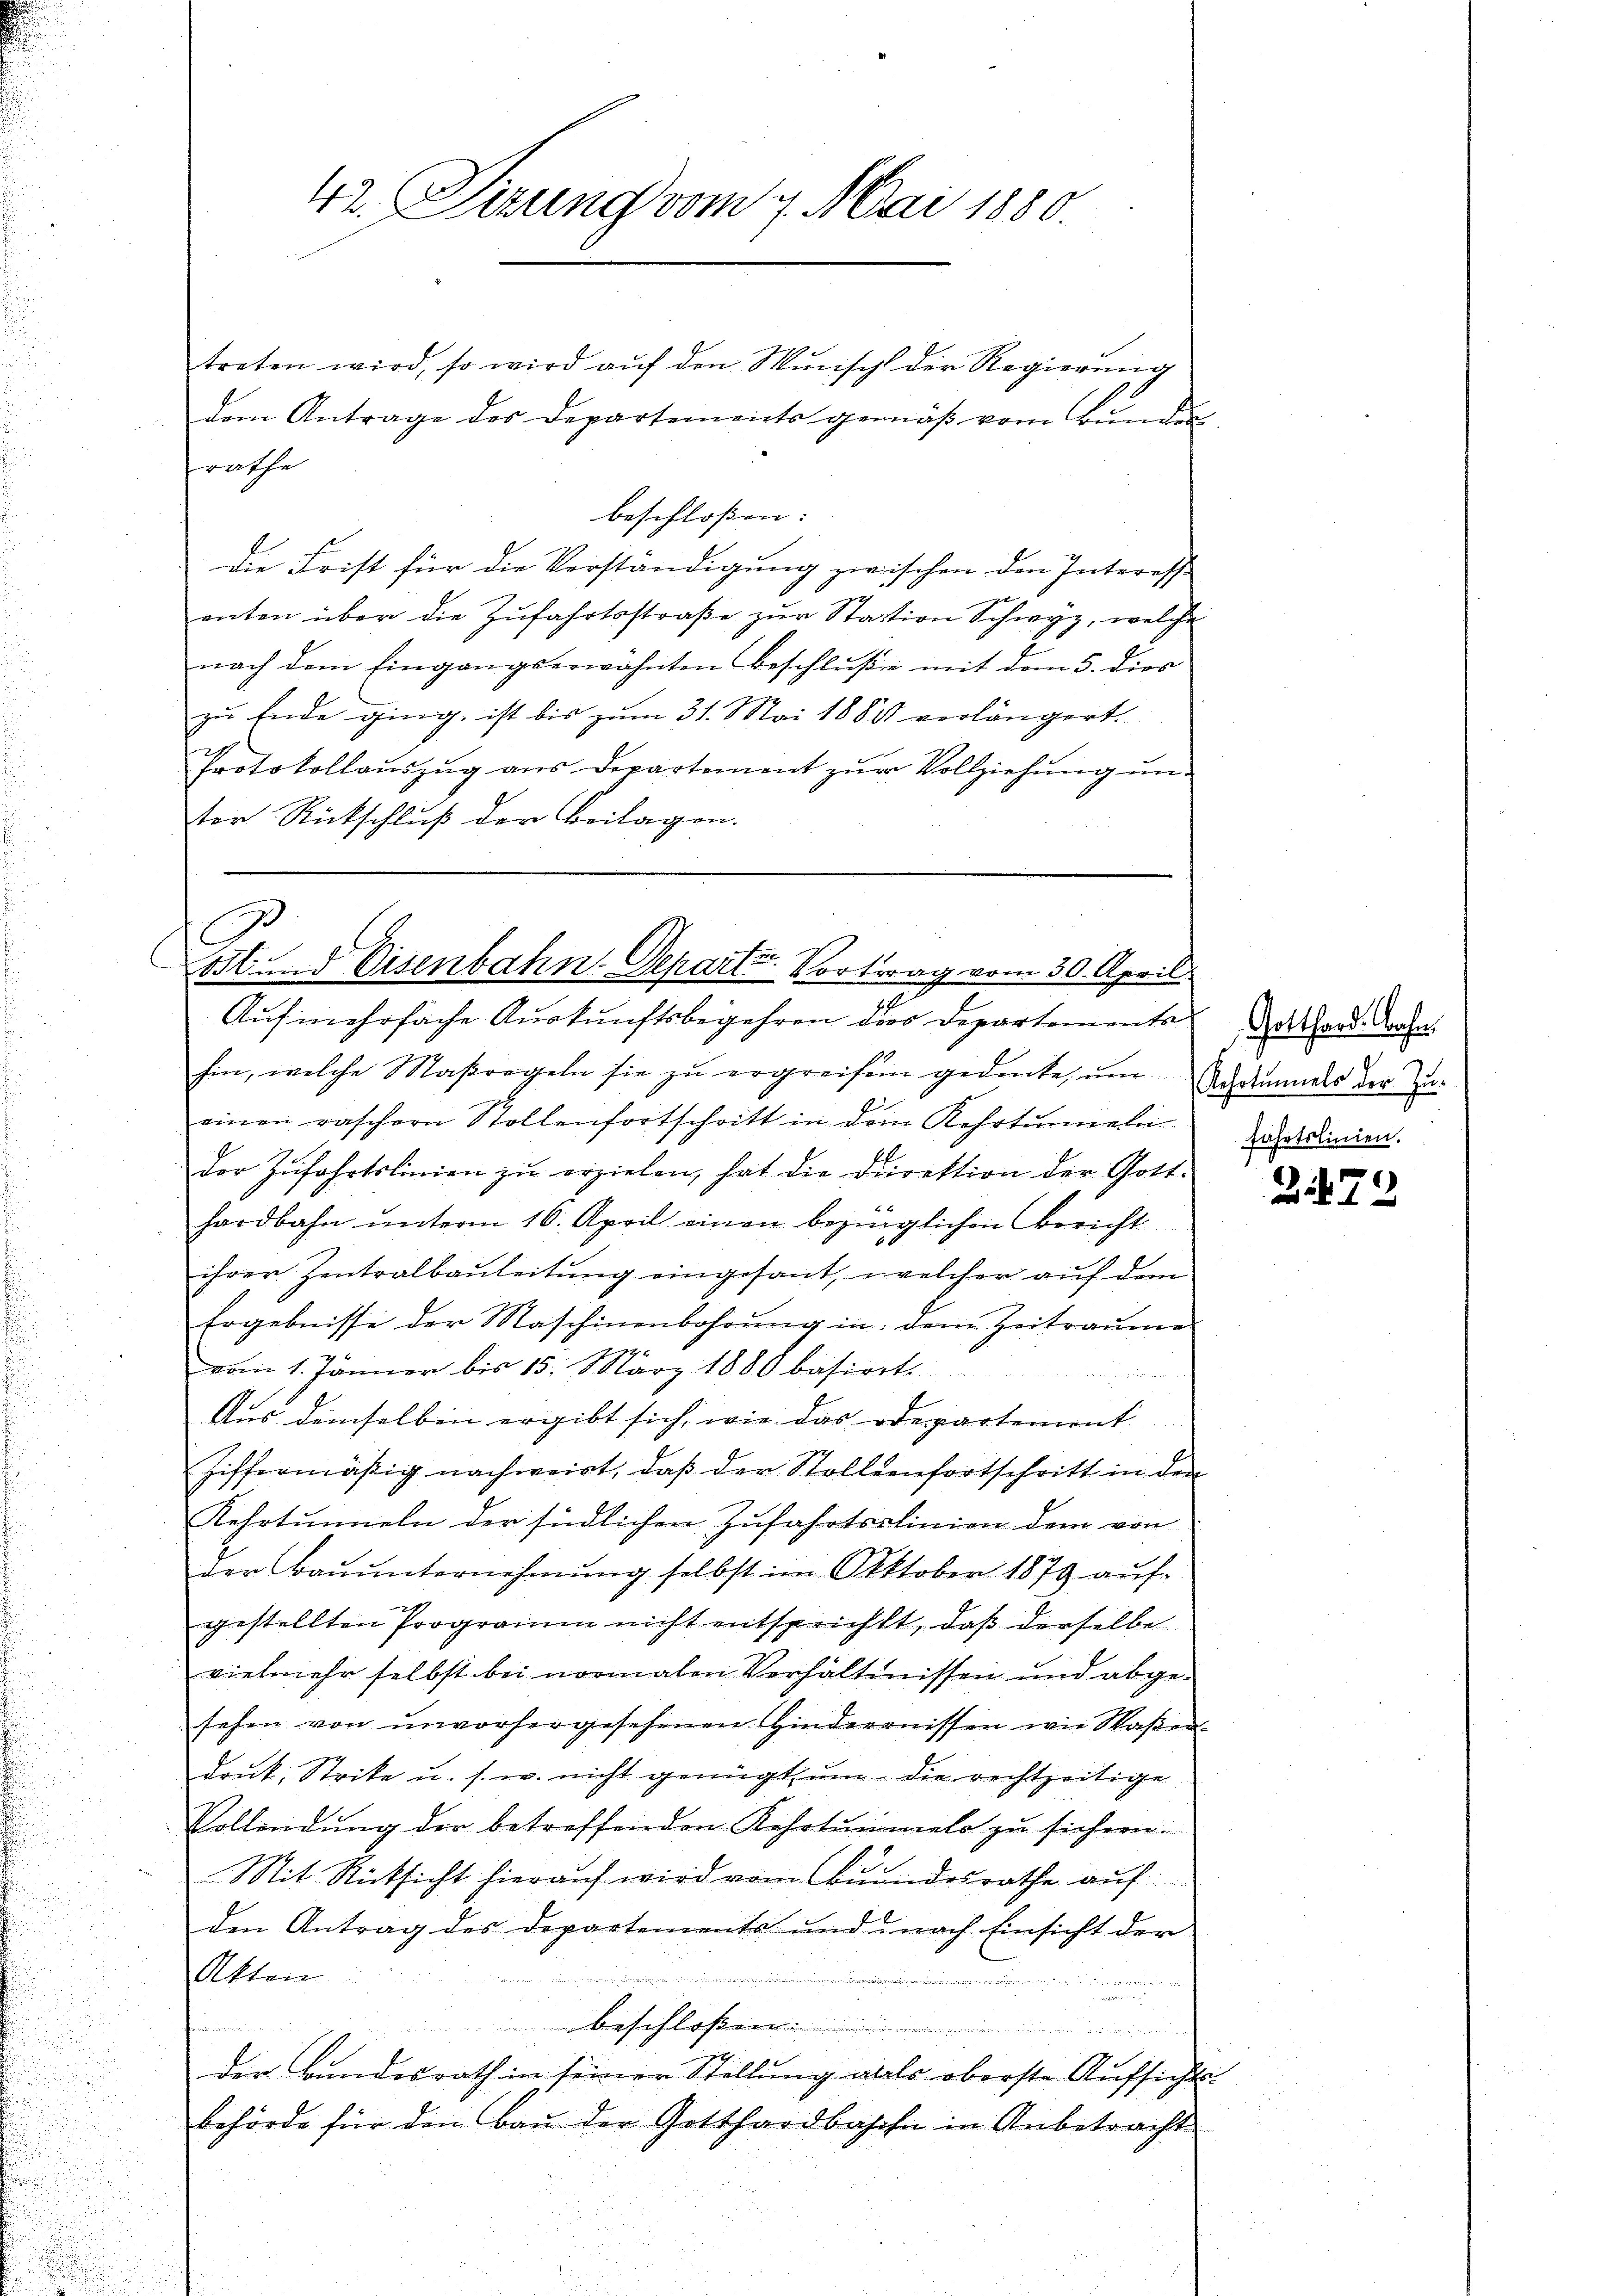
treten wird, so wird aŭf den Wŭnsch der Regierŭng
dem Antrage des Departements gemäß vom Bunden
rathe
beschloßen:
Die Frist für die Verständigung zwischen den Interesse
enten über die Zufahrtsstraße zur Station Schwyz, welche
nach dem Eingangserwähnten beschluße mit dem 5. dies
zu Ende ging, ist bis zum 31. Mai 1888 verlängert.
Protokollaŭszŭg ans Departement zŭr Vollziehŭng ŭn-
tor Rückschluß der Beilagen.

42. Sirung vom 9. Mai 1880.

Lost und Eisenbahn-Departe Vortrag vom 30. April
Aŭfmehrfache Aŭskŭnftsbegehren der Departemente Vorhand darfen.

hin, welche Maßregeln sie zŭ ergreifen gedenke, ŭm Schrammels der Zu-
einen raschern Stollenfortschritt in dem Kehrtenneln
der Zŭfahrtslinien zŭ erzielen, hat die Direktion der Gott-
hardbahn ŭnterm 16. April einen bezinglichen Bericht
ihrer Zentralbauleitung eingesant, welcher auf dem
Ergebnisse der Naschinenbahrung in dem Zeitraume
vom 1. Jänner bis 15. März 1880 basirrt.
Aus demselben ergibt sich, wie das Departement
Ziffermäßig nachweirt, daβ der Stollenfortschritt in den
Kehrtunneln der südlichen Zufahrtslinien dem von
der Baŭŭnternehmung selbst im Oktober 1879 aŭf
gestellten Programm nicht entsprichtt, daß derselbe
vielmehr selbst bei normalen Verhältnissen und abgesehen von unvorhergesehenen Hinderenissen wie Waßer-
Drut, Strike u. s. w. nicht genügt, um die rechtzeitige
Vollendung der betreffenden Kehrtummels zu sichern.
s
Mit Rücksicht hierauf wird vom Bundesrathe auf
den Antrag des Departements und nach Einsicht der
Akten
i
n
h
der Bundesrath in seiner Stellung als oberste Aufsichts-
behörde für den Baŭ der Gotthardbasche in Anbetracht

r

fahrtslinien.

2472